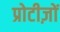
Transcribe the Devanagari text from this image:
प्रोटीज़ों